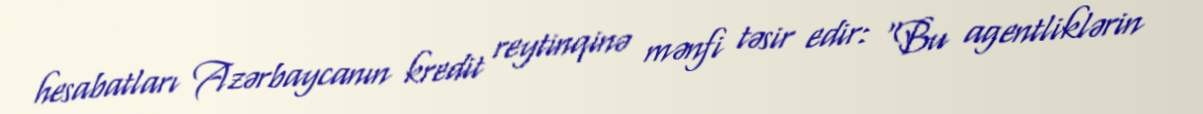
hesabatları Azərbaycanın kredit reytinqinə mənfi təsir edir: “Bu agentliklərin